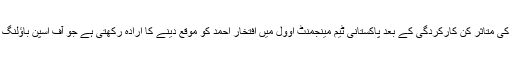
ایجبسٹن میں سمیع اسلم کی متاثر کن کارکردگی کے بعد پاکستانی ٹیم مینجمنٹ اوول میں افتخار احمد کو موقع دینے کا ارادہ رکھتی ہے جو آف اسپن باؤلنگ کا گر بھی جانتے ہیں۔